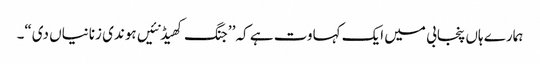
ہمارے ہاں پنجابی میں ایک کہاوت ہے کہ’ ’جنگ کھیڈ نئیں ہوندی زنانیاں دی“۔